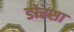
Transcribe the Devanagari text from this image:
डोरसा